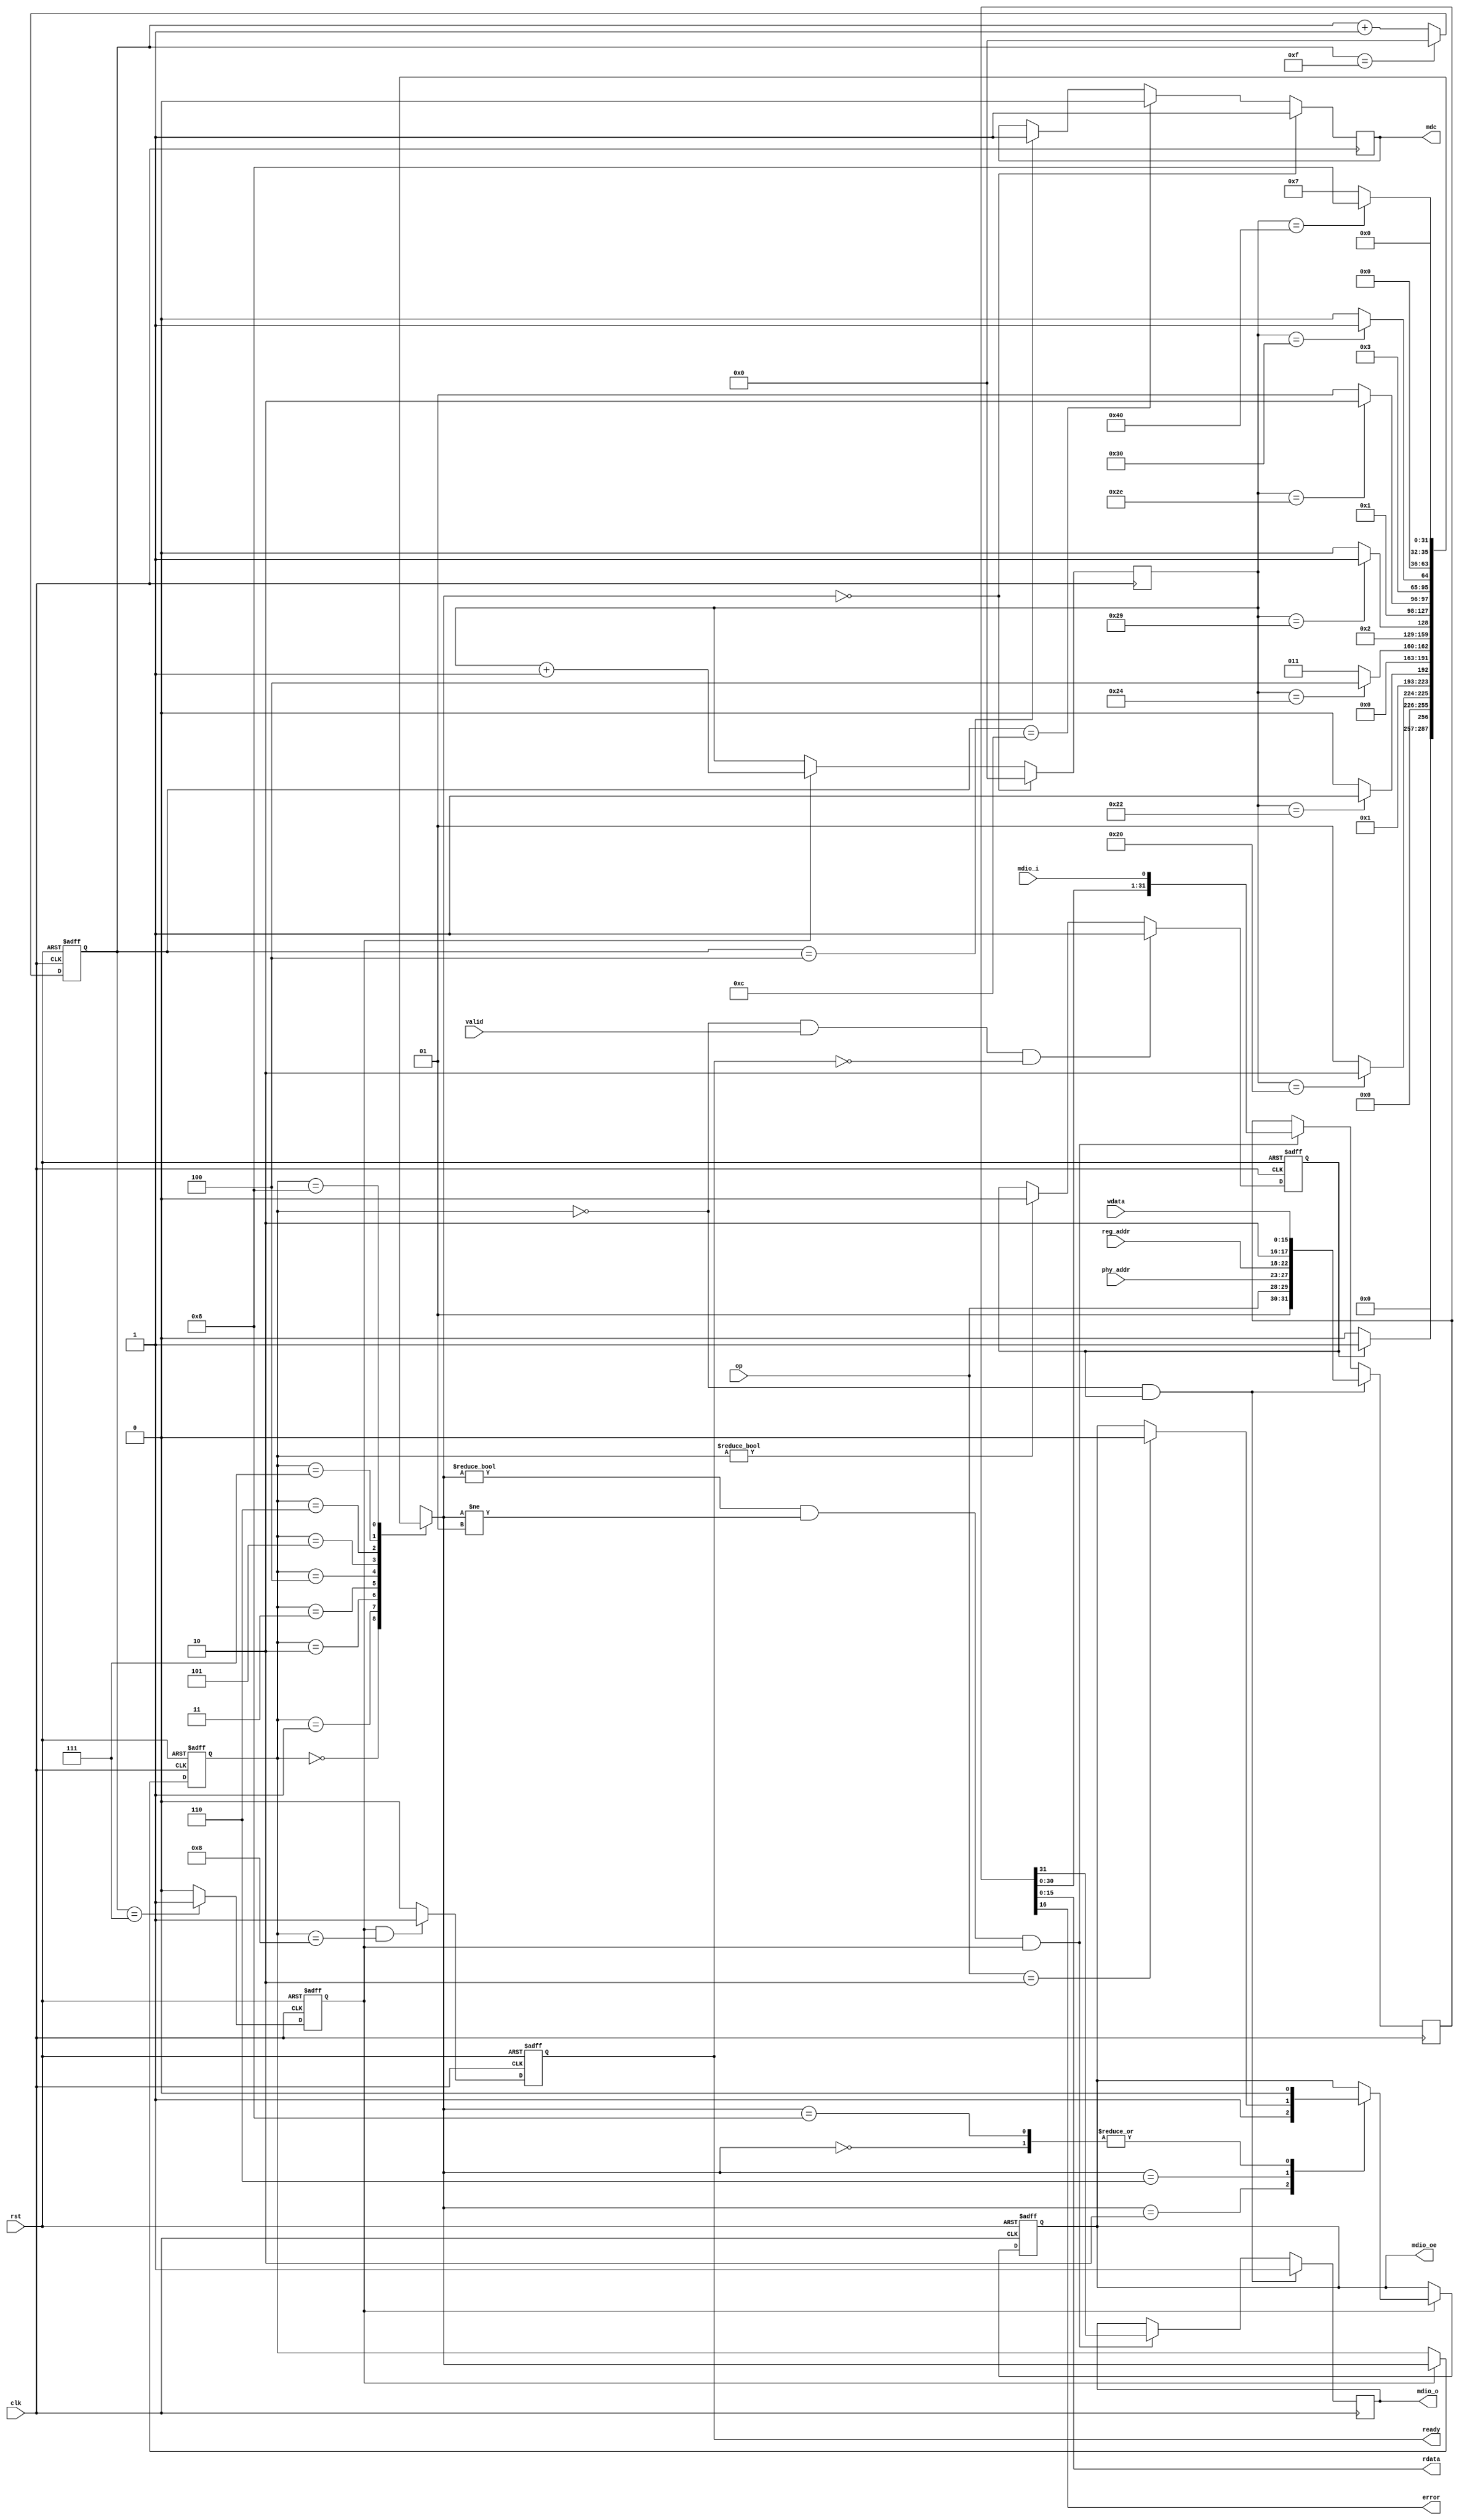
`timescale 1ns/1ns
module mdio_ctrl
(
	input	clk,
	input	rst,

	output reg	mdc,
	input	mdio_i,
	output reg	mdio_o,
	output reg	mdio_oe,

	input	[4:0]	phy_addr,
	input	[4:0] 	reg_addr,
	input	[15:0]	wdata,
	output  [15:0]	rdata,
	input	[1:0]	op,
	input	valid,
	output	ready,
	output  error
);
parameter PRESCALE=16;
parameter OP_READ = 2'b10, OP_WRITE = 2'b01;
localparam SOF=2'b01,TA=2'b10;


reg [7:0] ccnt;
reg [7:0] bcnt;
reg done;
reg start;
reg clk_f;
reg [31:0] shift_reg;

integer s1, s1_next;
localparam S1_IDLE=0, S1_PRE=1, S1_SOF=2, S1_OP=3, S1_PADR=4,
	S1_RADR=5, S1_TA=6, S1_DATA=7, S1_DONE=8;

assign ready = done;
assign rdata = shift_reg[15:0];
assign error = shift_reg[16];

always @(posedge clk, posedge rst)
begin
	if(rst) begin
		ccnt <= 'b0;
	end
	else if(ccnt==PRESCALE-1) begin
		ccnt <= 'b0;
	end
	else begin
		ccnt <= ccnt+1;
	end
end

always @(posedge clk, posedge rst)
begin
	if(rst) begin
		clk_f <= 1'b0;
	end
	else if(ccnt==(PRESCALE/2-1)) begin
		clk_f <= 1'b1;
	end
	else begin
		clk_f <= 1'b0;
	end
end

always @(posedge clk)
begin
	if(s1_next==S1_IDLE) begin
		mdc <= 1'b1;
	end
	else if(ccnt==(PRESCALE-PRESCALE/4)) begin
		mdc <= 1'b0;
	end
	else if(ccnt==PRESCALE/4) begin
		mdc <= 1'b1;
	end
end


always @(posedge clk, posedge rst)
begin
	if(rst) begin
		start <= 1'b0;
	end
	else if(s1 == S1_IDLE && valid && !ready) begin
		start <= 1'b1;
	end
	else if(s1 != S1_IDLE) begin
		start <= 1'b0;
	end
end

always @(posedge clk, posedge rst)
begin
	if(rst) begin
		done <= 1'b0;
	end
	else if(clk_f && s1==S1_DONE) begin
		done <= 1'b1;
	end
	else begin
		done <= 1'b0;
	end
end

always @(posedge clk, posedge rst)
begin
	if(rst) begin
		s1 <= S1_IDLE;
	end
	else if(clk_f) begin
		s1 <= s1_next;
	end
end

always @(*)
begin
	case(s1)
		S1_IDLE: begin
			if(start)
				s1_next = S1_PRE;
			else
				s1_next = S1_IDLE;
		end
		S1_PRE: begin
			if(bcnt==32)
				s1_next = S1_SOF;
			else
				s1_next = S1_PRE;
		end
		S1_SOF: begin
			if(bcnt==34)
				s1_next = S1_OP;
			else
				s1_next = S1_SOF;
		end
		S1_OP: begin
			if(bcnt==36)
				s1_next = S1_PADR;
			else
				s1_next = S1_OP;
		end
		S1_PADR: begin
			if(bcnt==41)
				s1_next = S1_RADR;
			else
				s1_next = S1_PADR;
		end
		S1_RADR: begin
			if(bcnt==46)
				s1_next = S1_TA;
			else
				s1_next = S1_RADR;
		end
		S1_TA: begin
			if(bcnt==48)
				s1_next = S1_DATA;
			else
				s1_next = S1_TA;
		end
		S1_DATA: begin
			if(bcnt==64)
				s1_next = S1_DONE;
			else
				s1_next = S1_DATA;
		end
		S1_DONE: begin
			s1_next = S1_IDLE;
		end
		default: begin
			s1_next = 'bx;
		end
	endcase
end

always @(posedge clk, posedge rst)
begin
	if(rst) begin
		mdio_oe <= 1'b0;
	end
	else if(clk_f) begin
		case(s1_next)
			S1_IDLE: begin
				mdio_oe <= 1'b0;
			end
			S1_PRE: begin
			end
			S1_SOF: begin
				mdio_oe <= 1'b1;
			end
			S1_OP: begin
			end
			S1_PADR: begin
			end
			S1_RADR: begin
			end
			S1_TA: begin
				if(op ==OP_READ)
					mdio_oe <= 1'b0;
			end
			S1_DATA: begin
			end
			S1_DONE: begin
				mdio_oe <= 1'b0;
			end
		endcase
	end
end

always @(posedge clk)
begin
	if(s1==S1_IDLE && start) begin
		{mdio_o,shift_reg} <= {1'b1,SOF[1:0],op[1:0],phy_addr[4:0],reg_addr[4:0],TA[1:0],wdata};
	end
	else if(s1_next!=S1_IDLE && s1_next!=S1_PRE && clk_f) begin
		{mdio_o,shift_reg} <= {shift_reg,mdio_i};
	end
end

always @(posedge clk)
begin
	if(s1_next==S1_IDLE) 
		bcnt <= 'b0;
	else if(clk_f) 
		bcnt <= bcnt+1;
end

endmodule